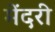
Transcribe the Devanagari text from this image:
मेंदरी